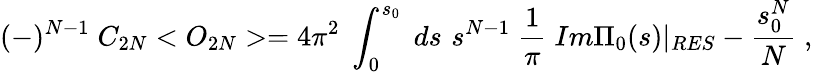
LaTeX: (-)^{N-1}\; C_{2N}<O_{2N}>=4\pi^{2}\; \int_{0}^{s_{0}}\; ds\, \, s^{N-1}\; \frac{1}{\pi}\; Im\Pi_{0}(s)|_{RES}-\frac{s_{0}^{N}}{N}\; ,